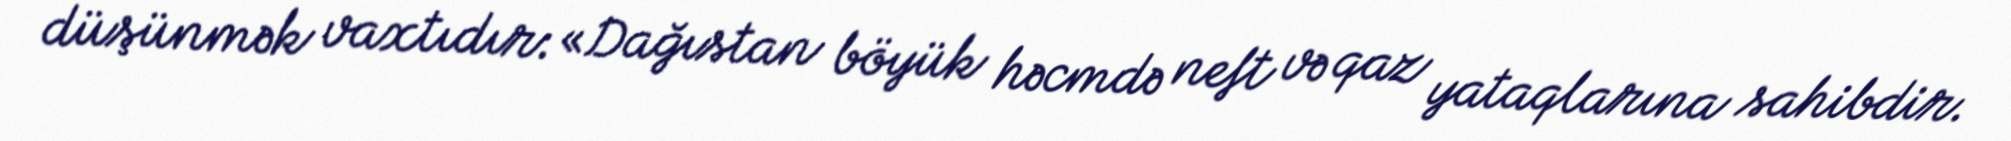
düşünmək vaxtıdır: «Dağıstan böyük həcmdə neft və qaz yataqlarına sahibdir.